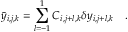
\bar { y } _ { i , j , k } = \sum _ { l = - 1 } ^ { 1 } C _ { i , j + l , k } \delta y _ { i , j + l , k } \quad .